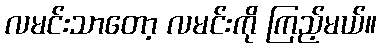
လမင်းသာတော့ လမင်းကို ကြည့်မယ်။